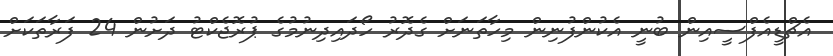
އެޗްޑީއެފްސީއިން ބުނީ އެކުންފުނިން މިހާތަނަށް ގެދޮރު ހޯދައިދިނުމުގެ ޕުރޮޖެކްޓު ދަށުން 24 ފަރާތަކަށް